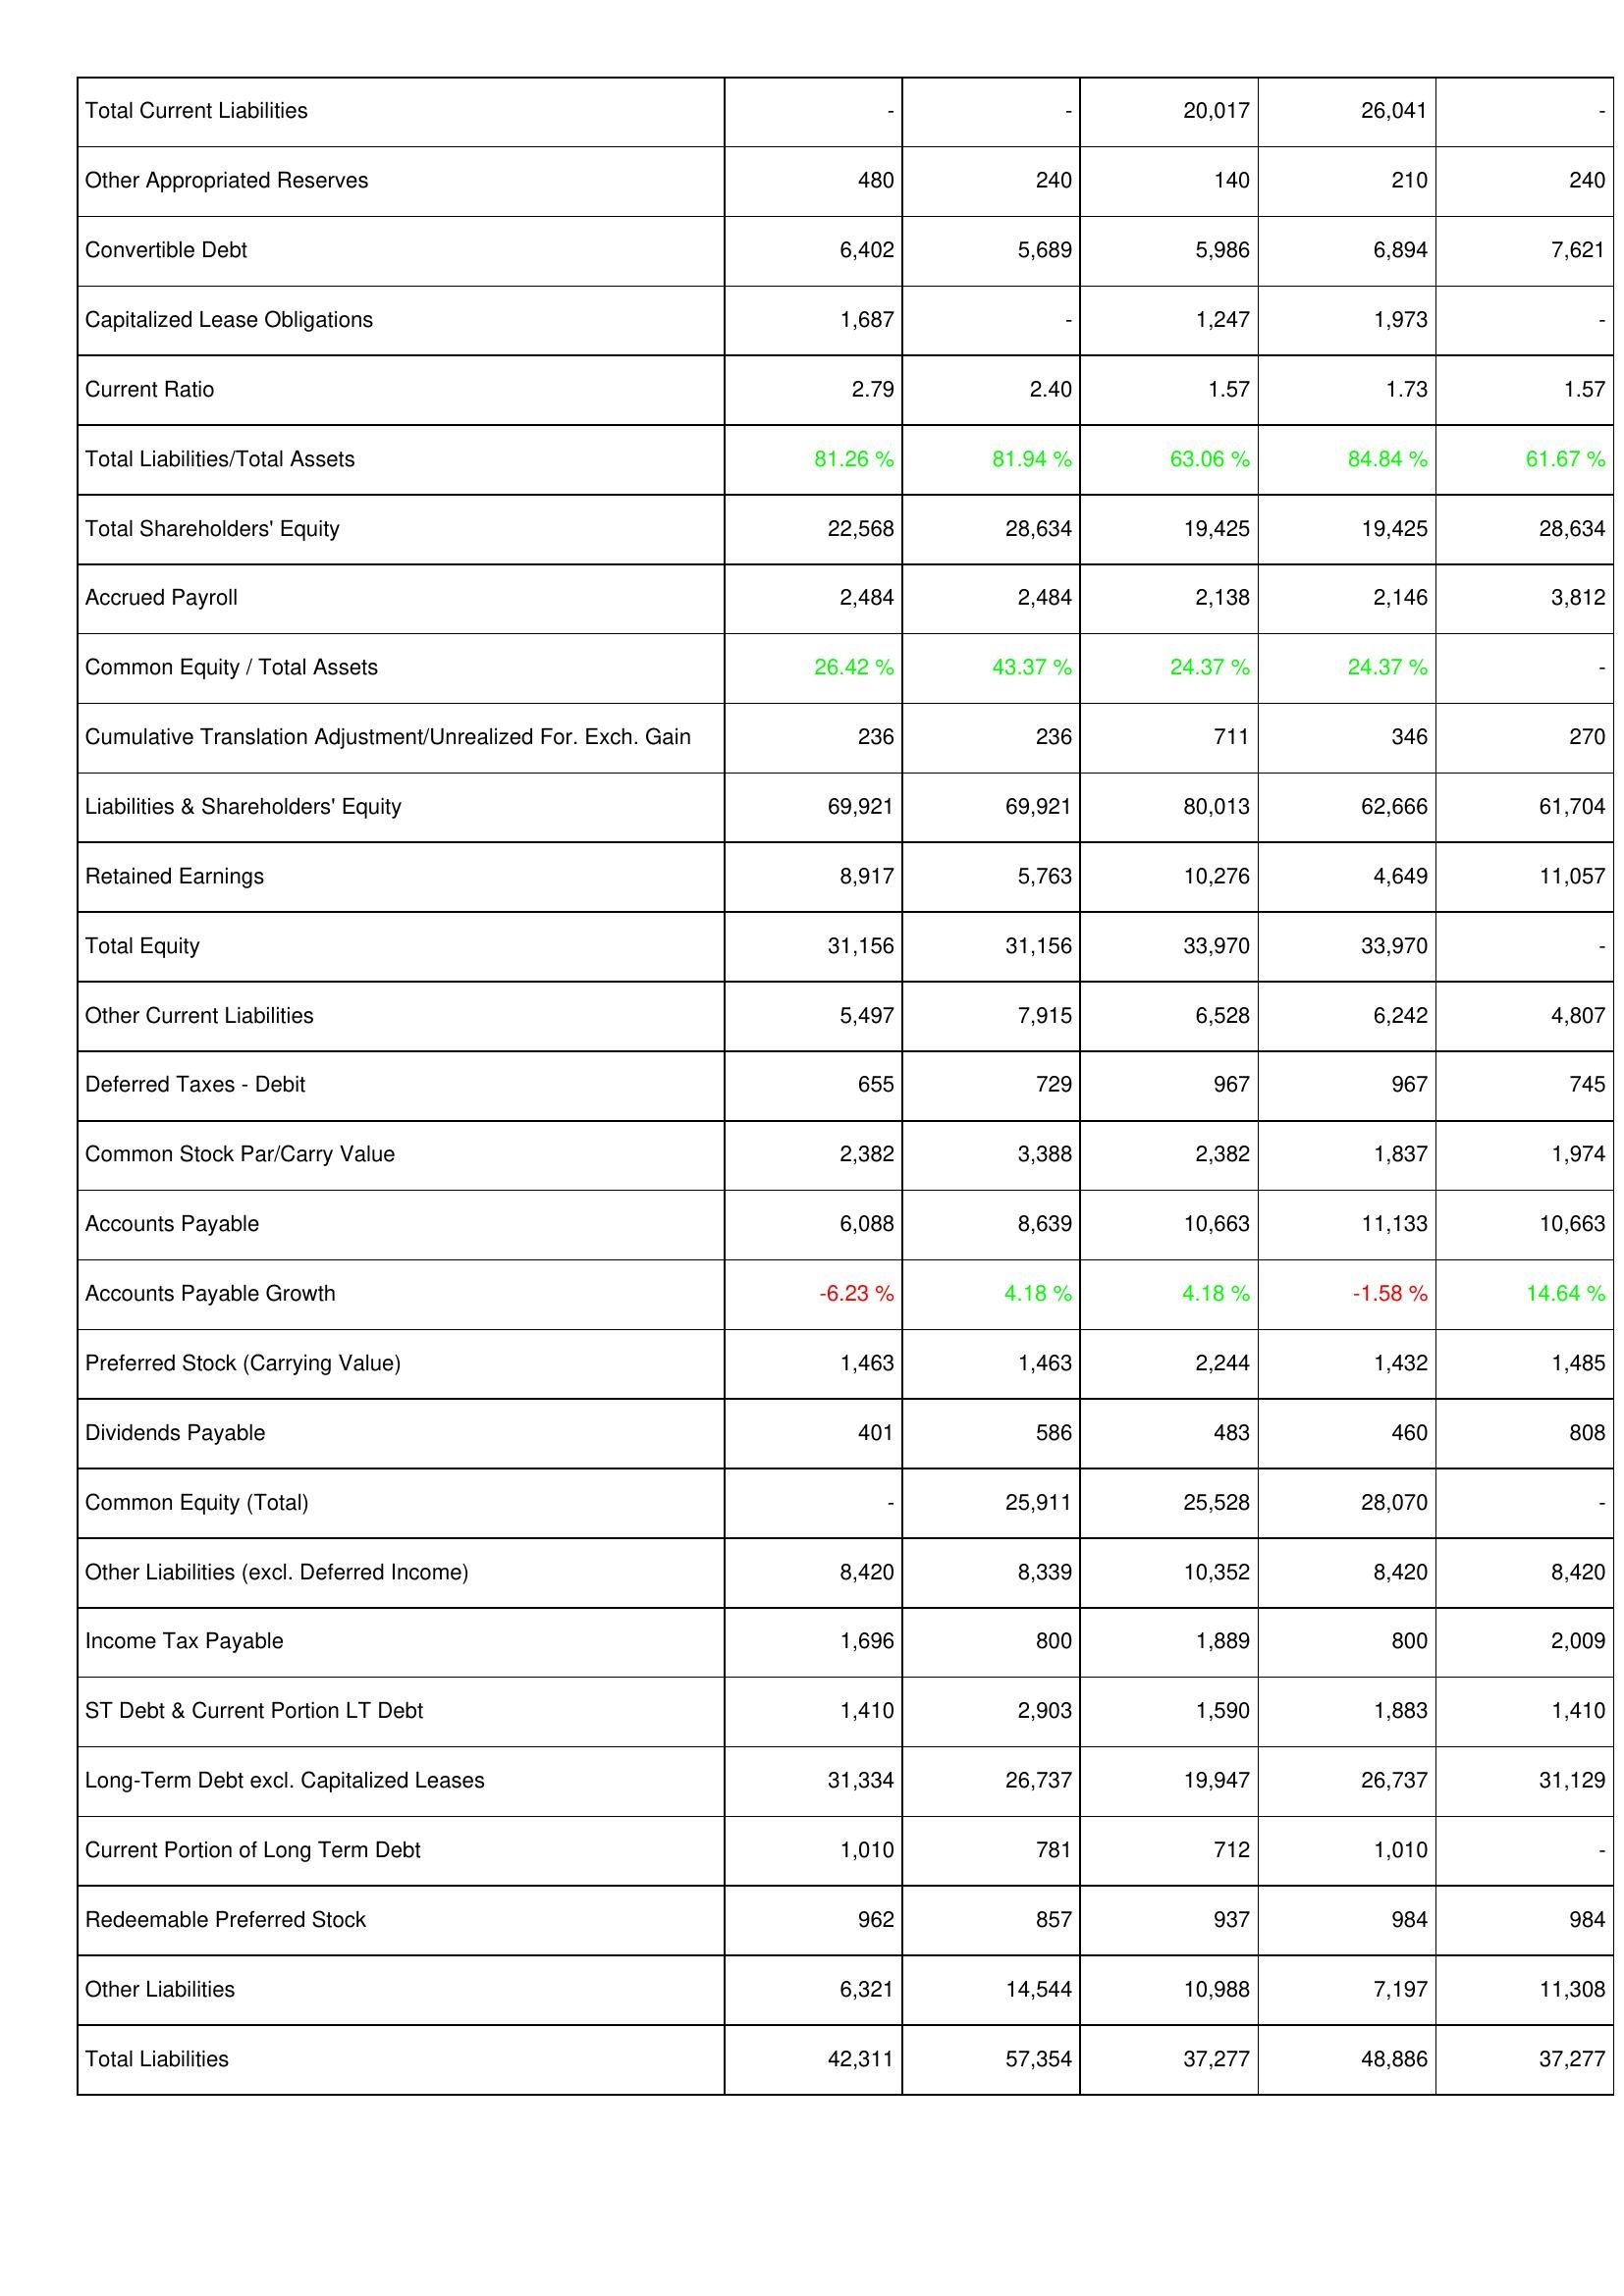
2010: Liabilities & Shareholders' Equity: Total Current Liabilities: -
Other Appropriated Reserves: 480
Convertible Debt: 6,402
Capitalized Lease Obligations: 1,687
Current Ratio: 2.79
Total Liabilities/Total Assets: 81.26 %
Total Shareholders' Equity: 22,568
Accrued Payroll: 2,484
Common Equity / Total Assets: 26.42 %
Cumulative Translation Adjustment/Unrealized For. Exch. Gain: 236
Liabilities & Shareholders' Equity: 69,921
Retained Earnings: 8,917
Total Equity: 31,156
Other Current Liabilities: 5,497
Deferred Taxes - Debit: 655
Common Stock Par/Carry Value: 2,382
Accounts Payable: 6,088
Accounts Payable Growth: -6.23 %
Preferred Stock (Carrying Value): 1,463
Dividends Payable: 401
Common Equity (Total): -
Other Liabilities (excl. Deferred Income): 8,420
Income Tax Payable: 1,696
ST Debt & Current Portion LT Debt: 1,410
Long-Term Debt excl. Capitalized Leases: 31,334
Current Portion of Long Term Debt: 1,010
Redeemable Preferred Stock: 962
Other Liabilities: 6,321
Total Liabilities: 42,311
2011: Liabilities & Shareholders' Equity: Total Current Liabilities: -
Other Appropriated Reserves: 240
Convertible Debt: 5,689
Capitalized Lease Obligations: -
Current Ratio: 2.40
Total Liabilities/Total Assets: 81.94 %
Total Shareholders' Equity: 28,634
Accrued Payroll: 2,484
Common Equity / Total Assets: 43.37 %
Cumulative Translation Adjustment/Unrealized For. Exch. Gain: 236
Liabilities & Shareholders' Equity: 69,921
Retained Earnings: 5,763
Total Equity: 31,156
Other Current Liabilities: 7,915
Deferred Taxes - Debit: 729
Common Stock Par/Carry Value: 3,388
Accounts Payable: 8,639
Accounts Payable Growth: 4.18 %
Preferred Stock (Carrying Value): 1,463
Dividends Payable: 586
Common Equity (Total): 25,911
Other Liabilities (excl. Deferred Income): 8,339
Income Tax Payable: 800
ST Debt & Current Portion LT Debt: 2,903
Long-Term Debt excl. Capitalized Leases: 26,737
Current Portion of Long Term Debt: 781
Redeemable Preferred Stock: 857
Other Liabilities: 14,544
Total Liabilities: 57,354
2012: Liabilities & Shareholders' Equity: Total Current Liabilities: 20,017
Other Appropriated Reserves: 140
Convertible Debt: 5,986
Capitalized Lease Obligations: 1,247
Current Ratio: 1.57
Total Liabilities/Total Assets: 63.06 %
Total Shareholders' Equity: 19,425
Accrued Payroll: 2,138
Common Equity / Total Assets: 24.37 %
Cumulative Translation Adjustment/Unrealized For. Exch. Gain: 711
Liabilities & Shareholders' Equity: 80,013
Retained Earnings: 10,276
Total Equity: 33,970
Other Current Liabilities: 6,528
Deferred Taxes - Debit: 967
Common Stock Par/Carry Value: 2,382
Accounts Payable: 10,663
Accounts Payable Growth: 4.18 %
Preferred Stock (Carrying Value): 2,244
Dividends Payable: 483
Common Equity (Total): 25,528
Other Liabilities (excl. Deferred Income): 10,352
Income Tax Payable: 1,889
ST Debt & Current Portion LT Debt: 1,590
Long-Term Debt excl. Capitalized Leases: 19,947
Current Portion of Long Term Debt: 712
Redeemable Preferred Stock: 937
Other Liabilities: 10,988
Total Liabilities: 37,277
2013: Liabilities & Shareholders' Equity: Total Current Liabilities: 26,041
Other Appropriated Reserves: 210
Convertible Debt: 6,894
Capitalized Lease Obligations: 1,973
Current Ratio: 1.73
Total Liabilities/Total Assets: 84.84 %
Total Shareholders' Equity: 19,425
Accrued Payroll: 2,146
Common Equity / Total Assets: 24.37 %
Cumulative Translation Adjustment/Unrealized For. Exch. Gain: 346
Liabilities & Shareholders' Equity: 62,666
Retained Earnings: 4,649
Total Equity: 33,970
Other Current Liabilities: 6,242
Deferred Taxes - Debit: 967
Common Stock Par/Carry Value: 1,837
Accounts Payable: 11,133
Accounts Payable Growth: -1.58 %
Preferred Stock (Carrying Value): 1,432
Dividends Payable: 460
Common Equity (Total): 28,070
Other Liabilities (excl. Deferred Income): 8,420
Income Tax Payable: 800
ST Debt & Current Portion LT Debt: 1,883
Long-Term Debt excl. Capitalized Leases: 26,737
Current Portion of Long Term Debt: 1,010
Redeemable Preferred Stock: 984
Other Liabilities: 7,197
Total Liabilities: 48,886
2014: Liabilities & Shareholders' Equity: Total Current Liabilities: -
Other Appropriated Reserves: 240
Convertible Debt: 7,621
Capitalized Lease Obligations: -
Current Ratio: 1.57
Total Liabilities/Total Assets: 61.67 %
Total Shareholders' Equity: 28,634
Accrued Payroll: 3,812
Common Equity / Total Assets: -
Cumulative Translation Adjustment/Unrealized For. Exch. Gain: 270
Liabilities & Shareholders' Equity: 61,704
Retained Earnings: 11,057
Total Equity: -
Other Current Liabilities: 4,807
Deferred Taxes - Debit: 745
Common Stock Par/Carry Value: 1,974
Accounts Payable: 10,663
Accounts Payable Growth: 14.64 %
Preferred Stock (Carrying Value): 1,485
Dividends Payable: 808
Common Equity (Total): -
Other Liabilities (excl. Deferred Income): 8,420
Income Tax Payable: 2,009
ST Debt & Current Portion LT Debt: 1,410
Long-Term Debt excl. Capitalized Leases: 31,129
Current Portion of Long Term Debt: -
Redeemable Preferred Stock: 984
Other Liabilities: 11,308
Total Liabilities: 37,277